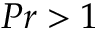
P r > 1